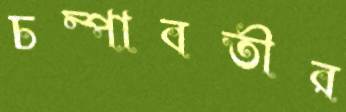
চম্পাবতীর